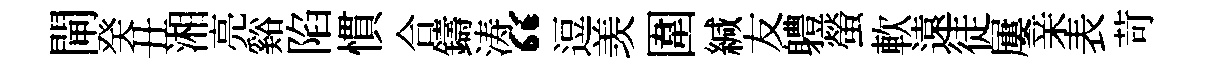
閘癸丑湘亮谿陷慣合鑄涛“逗羡圍緘友軆螢軟遠徒屢亲表苛